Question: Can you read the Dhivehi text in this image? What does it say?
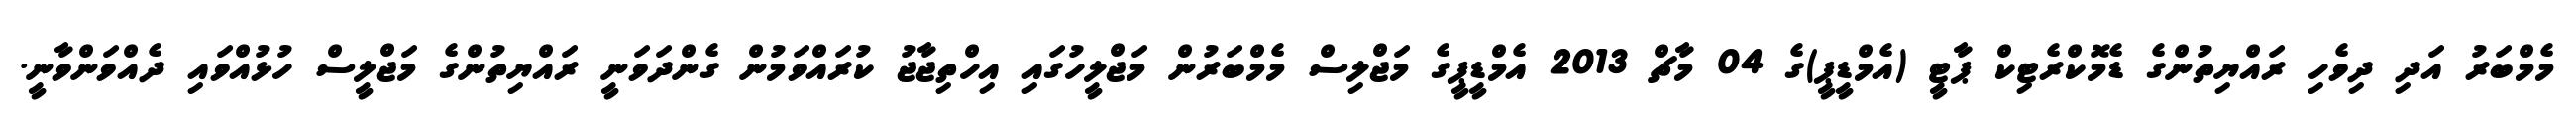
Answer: މެމްބަރު އަދި ދިވެހި ރައްޔިތުންގެ ޑެމޮކްރެޓިކް ޕާޓީ (އެމްޑީޕީ)ގެ 04 މާޗް 2013 އެމްޑީޕީގެ މަޖްލިސް މެމްބަރުން މަޖްލީހުގައި އިހްތިޖާޖު ކުރައްވަމުން ގެންދަވަނީ ރައްޔިތުންގެ މަޖްލީސް ހުޅުއްވައި ދެއްވަންވާނީ.